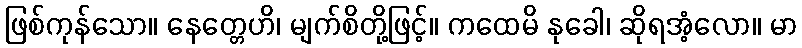
ဖြစ်ကုန်သော။ နေတ္တေဟိ၊ မျက်စိတို့ဖြင့်။ ကထေမိ နုခေါ၊ ဆိုရအံ့လော။ မာ